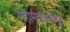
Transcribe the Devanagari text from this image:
महामंडळाकडून